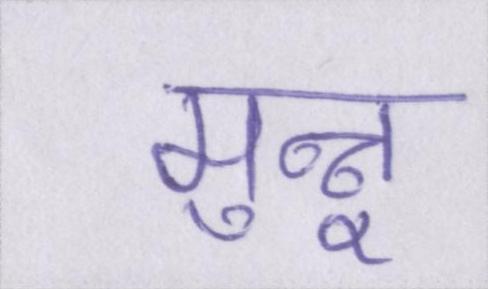
मुन्नू